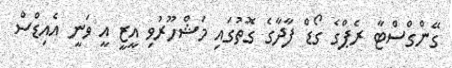
ގޭންގްސްޓާ ރެޕްގެ ގޯޑް ފާދާގެ ގޮތުގައި މަޝްހޫރުވި އީޒީ އީ ވަނީ އެއިޑްސް